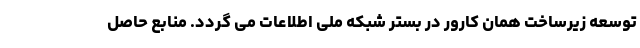
توسعه زیرساخت همان کارور در بستر شبکه ملی اطلاعات می گردد. منابع حاصل